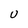
Character: U